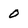
Character: o